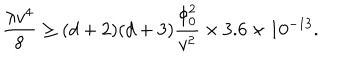
LaTeX: { \frac { \lambda v ^ { 4 } } { 8 } } \ge ( d + 2 ) ( d + 3 ) { \frac { \phi _ { 0 } ^ { 2 } } { v ^ { 2 } } } \times 3 . 6 \times 1 0 ^ { - 1 3 } .